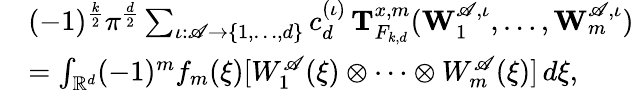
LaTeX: \begin{array}{rl}&{(-1)^{\frac{k}{2}}\pi^{\frac{d}{2}}\sum_{\iota:\mathscr{A}\to\{ 1,\ldots,d\} }c_{d}^{(\iota)}\, \mathbf T_{F_{k,d}}^{x,m}(\mathbf W_{1}^{\mathscr{A},\iota},\ldots,\mathbf W_{m}^{\mathscr{A},\iota})}\\ &{=\int_{\mathbb R^{d}}(-1)^{m}f_{m}(\xi)[W_{1}^{\mathscr A}(\xi)\otimes\cdots\otimes W_{m}^{\mathscr A}(\xi)]\, d\xi,}\end{array}